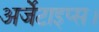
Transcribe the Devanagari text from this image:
अर्जेंटाइप्स।